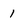
Character: 1